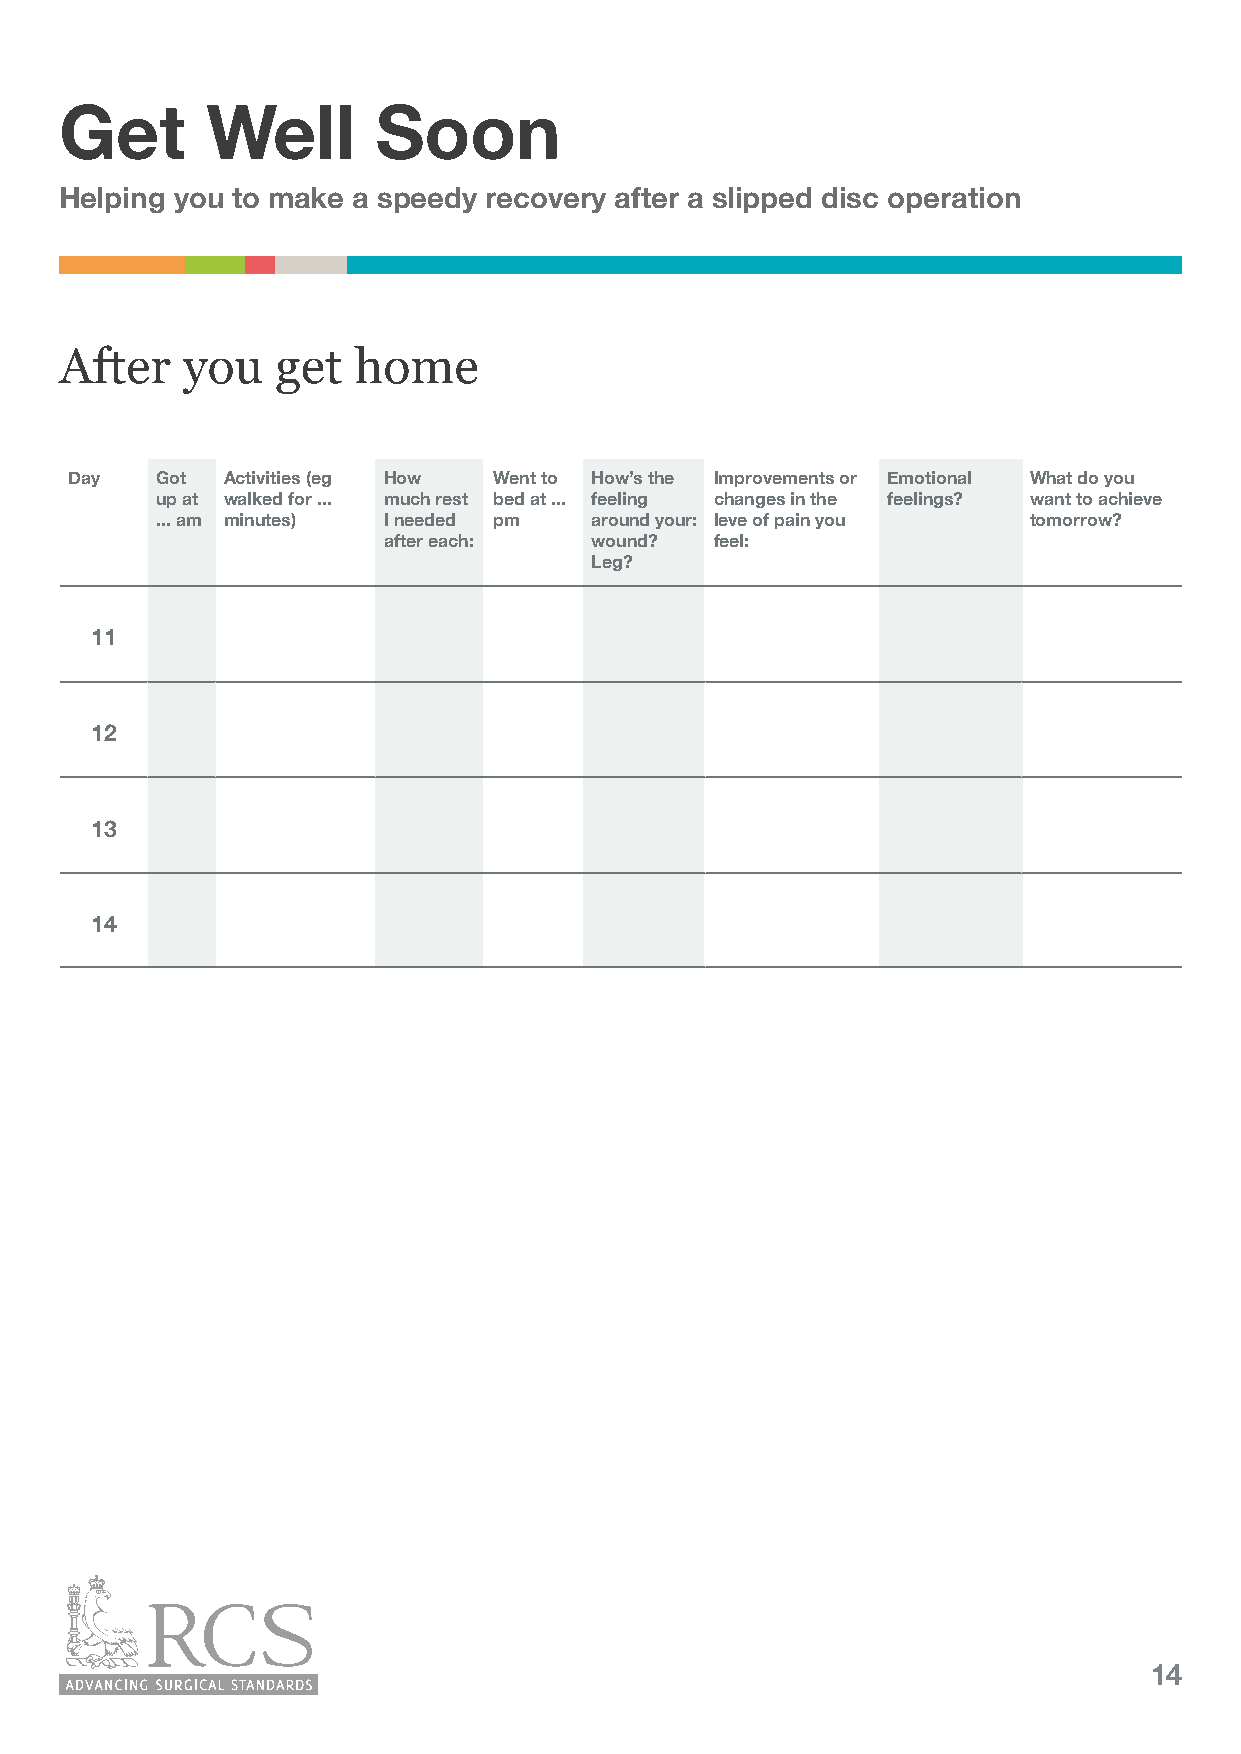
Get       Well       Soon
 Helping you to make a speedy recovery after a slipped disc operation
 After   you   get  home
 Day  Got  Activities (eg How Went to How’s the Improvements or Emotional What do you
 up at walked for ... much rest bed at ... feeling changes in the feelings? want to achieve
 ... am minutes) I needed pm  around your: leve of pain you tomorrow?
 after each:   wound?  feel:
 Leg?
 11
 12
 13
 14
 14